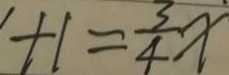
+ 1 = \frac { 3 } { 4 } x